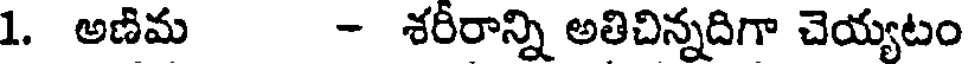
1. అణిమ - శరీరాన్ని అతిచిన్నదిగా చెయ్యటం